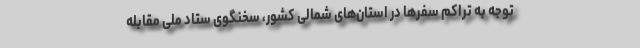
توجه به تراکم سفرها در استان‌های شمالی کشور، سخنگوی ستاد ملی مقابله